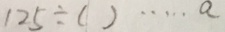
1 2 5 \div ( ) \cdots a